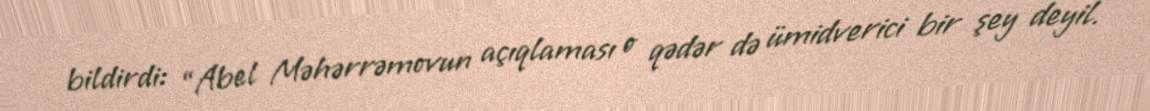
bildirdi: “Abel Məhərrəmovun açıqlaması o qədər də ümidverici bir şey deyil.